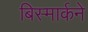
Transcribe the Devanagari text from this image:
बिस्मार्कने